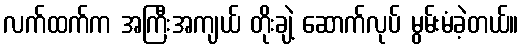
လက်ထက်က အကြီးအကျယ် တိုးချဲ့ ဆောက်လုပ် မွမ်းမံခဲ့တယ်။